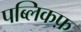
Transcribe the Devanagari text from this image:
पब्लिकफ़